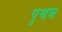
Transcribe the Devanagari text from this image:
पृथक्‍